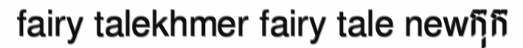
fairy talekhmer fairy tale newកុក